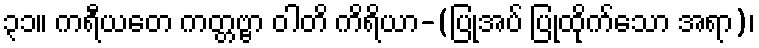
၃၁။ ကရီယတေ ကတ္တဗ္ဗာ ဝါတိ ကိရိယာ-(ပြုအပ် ပြုထိုက်သော အရာ)၊